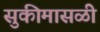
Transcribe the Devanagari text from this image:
सुकीमासळी